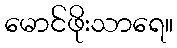
မောင်ဖိုးသာရေ။